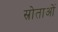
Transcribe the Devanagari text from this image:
स्रोताओं